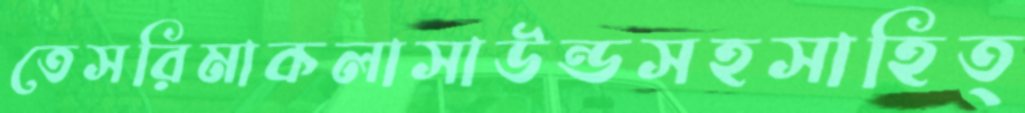
তেসরিমাকলাসাউন্ডসহসাহিত্